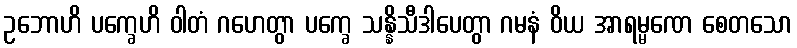
ဥဘောဟိ ပက္ခေဟိ ဝါတံ ဂဟေတွာ ပက္ခေ သန္နိသီဒါပေတွာ ဂမနံ ဝိယ အာရမ္မဏေ စေတသော